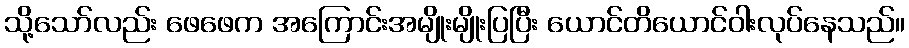
သို့သော်လည်း ဖေဖေက အကြောင်းအမျိုးမျိုးပြပြီး ယောင်တိယောင်ဝါးလုပ်နေသည်။